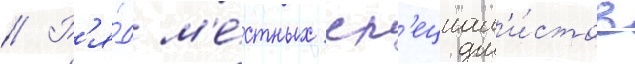
// Р'я́д м'е́стных сп'ециал'и́стов